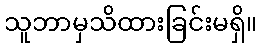
သူဘာမှသိထားခြင်းမရှိ။